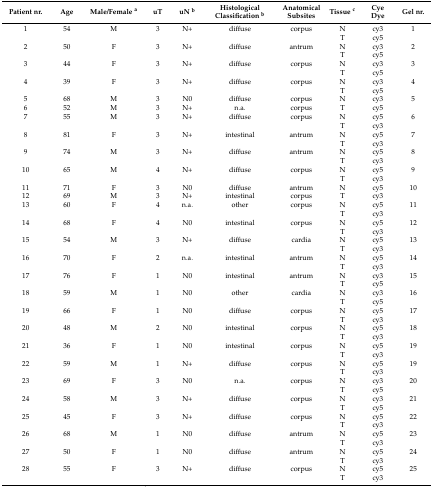
<table><thead><tr><td><b>Patient nr.</b></td><td><b>Age</b></td><td><b>Male/Female <sup>a</sup></b></td><td><b>uT</b></td><td><b>uN <sup>b</sup></b></td><td><b>Histological Classification <sup>b</sup></b></td><td><b>Anatomical Subsites</b></td><td><b>Tissue <sup>c</sup></b></td><td><b>Cye Dye</b></td><td><b>Gel nr.</b></td></tr></thead><tbody><tr><td>1</td><td>54</td><td>M</td><td>3</td><td>N+</td><td>diffuse</td><td>corpus</td><td>N</td><td>cy3</td><td>1</td></tr><tr><td></td><td></td><td></td><td></td><td></td><td></td><td></td><td>T</td><td>cy5</td><td></td></tr><tr><td>2</td><td>50</td><td>F</td><td>3</td><td>N+</td><td>diffuse</td><td>antrum</td><td>N</td><td>cy3</td><td>2</td></tr><tr><td></td><td></td><td></td><td></td><td></td><td></td><td></td><td>T</td><td>cy5</td><td></td></tr><tr><td>3</td><td>44</td><td>F</td><td>3</td><td>N+</td><td>diffuse</td><td>corpus</td><td>N</td><td>cy3</td><td>3</td></tr><tr><td></td><td></td><td></td><td></td><td></td><td></td><td></td><td>T</td><td>cy5</td><td></td></tr><tr><td>4</td><td>39</td><td>F</td><td>3</td><td>N+</td><td>diffuse</td><td>corpus</td><td>N</td><td>cy3</td><td>4</td></tr><tr><td></td><td></td><td></td><td></td><td></td><td></td><td></td><td>T</td><td>cy5</td><td></td></tr><tr><td>5</td><td>68</td><td>M</td><td>3</td><td>N0</td><td>diffuse</td><td>corpus</td><td>N</td><td>cy3</td><td>5</td></tr><tr><td>6</td><td>52</td><td>M</td><td>3</td><td>N+</td><td>n.a.</td><td>corpus</td><td>T</td><td>cy5</td><td></td></tr><tr><td>7</td><td>55</td><td>M</td><td>3</td><td>N+</td><td>diffuse</td><td>corpus</td><td>N</td><td>cy5</td><td>6</td></tr><tr><td></td><td></td><td></td><td></td><td></td><td></td><td></td><td>T</td><td>cy3</td><td></td></tr><tr><td>8</td><td>81</td><td>F</td><td>3</td><td>N+</td><td>intestinal</td><td>antrum</td><td>N</td><td>cy5</td><td>7</td></tr><tr><td></td><td></td><td></td><td></td><td></td><td></td><td></td><td>T</td><td>cy3</td><td></td></tr><tr><td>9</td><td>74</td><td>M</td><td>3</td><td>N+</td><td>diffuse</td><td>antrum</td><td>N</td><td>cy5</td><td>8</td></tr><tr><td></td><td></td><td></td><td></td><td></td><td></td><td></td><td>T</td><td>cy3</td><td></td></tr><tr><td>10</td><td>65</td><td>M</td><td>4</td><td>N+</td><td>diffuse</td><td>corpus</td><td>N</td><td>cy5</td><td>9</td></tr><tr><td></td><td></td><td></td><td></td><td></td><td></td><td></td><td>T</td><td>cy3</td><td></td></tr><tr><td>11</td><td>71</td><td>F</td><td>3</td><td>N0</td><td>diffuse</td><td>antrum</td><td>N</td><td>cy5</td><td>10</td></tr><tr><td>12</td><td>69</td><td>M</td><td>3</td><td>N+</td><td>intestinal</td><td>corpus</td><td>T</td><td>cy3</td><td></td></tr><tr><td>13</td><td>60</td><td>F</td><td>4</td><td>n.a.</td><td>other</td><td>corpus</td><td>N</td><td>cy5</td><td>11</td></tr><tr><td></td><td></td><td></td><td></td><td></td><td></td><td></td><td>T</td><td>cy3</td><td></td></tr><tr><td>14</td><td>68</td><td>F</td><td>4</td><td>N0</td><td>intestinal</td><td>corpus</td><td>N</td><td>cy5</td><td>12</td></tr><tr><td></td><td></td><td></td><td></td><td></td><td></td><td></td><td>T</td><td>cy3</td><td></td></tr><tr><td>15</td><td>54</td><td>M</td><td>3</td><td>N+</td><td>diffuse</td><td>cardia</td><td>N</td><td>cy5</td><td>13</td></tr><tr><td></td><td></td><td></td><td></td><td></td><td></td><td></td><td>T</td><td>cy3</td><td></td></tr><tr><td>16</td><td>70</td><td>F</td><td>2</td><td>n.a.</td><td>intestinal</td><td>antrum</td><td>N</td><td>cy5</td><td>14</td></tr><tr><td></td><td></td><td></td><td></td><td></td><td></td><td></td><td>T</td><td>cy3</td><td></td></tr><tr><td>17</td><td>76</td><td>F</td><td>1</td><td>N0</td><td>intestinal</td><td>antrum</td><td>N</td><td>cy3</td><td>15</td></tr><tr><td></td><td></td><td></td><td></td><td></td><td></td><td></td><td>T</td><td>cy5</td><td></td></tr><tr><td>18</td><td>59</td><td>M</td><td>1</td><td>N0</td><td>other</td><td>cardia</td><td>N</td><td>cy3</td><td>16</td></tr><tr><td></td><td></td><td></td><td></td><td></td><td></td><td></td><td>T</td><td>cy5</td><td></td></tr><tr><td>19</td><td>66</td><td>F</td><td>1</td><td>N0</td><td>diffuse</td><td>corpus</td><td>N</td><td>cy5</td><td>17</td></tr><tr><td></td><td></td><td></td><td></td><td></td><td></td><td></td><td>T</td><td>cy3</td><td></td></tr><tr><td>20</td><td>48</td><td>M</td><td>2</td><td>N0</td><td>intestinal</td><td>corpus</td><td>N</td><td>cy5</td><td>18</td></tr><tr><td></td><td></td><td></td><td></td><td></td><td></td><td></td><td>T</td><td>cy3</td><td></td></tr><tr><td>21</td><td>36</td><td>F</td><td>1</td><td>N0</td><td>intestinal</td><td>corpus</td><td>N</td><td>cy5</td><td>19</td></tr><tr><td></td><td></td><td></td><td></td><td></td><td></td><td></td><td>T</td><td>cy3</td><td></td></tr><tr><td>22</td><td>59</td><td>M</td><td>1</td><td>N+</td><td>diffuse</td><td>corpus</td><td>N</td><td>cy5</td><td>19</td></tr><tr><td></td><td></td><td></td><td></td><td></td><td></td><td></td><td>T</td><td>cy3</td><td></td></tr><tr><td>23</td><td>69</td><td>F</td><td>3</td><td>N0</td><td>n.a.</td><td>corpus</td><td>N</td><td>cy3</td><td>20</td></tr><tr><td></td><td></td><td></td><td></td><td></td><td></td><td></td><td>T</td><td>cy5</td><td></td></tr><tr><td>24</td><td>58</td><td>M</td><td>3</td><td>N+</td><td>diffuse</td><td>corpus</td><td>N</td><td>cy3</td><td>21</td></tr><tr><td></td><td></td><td></td><td></td><td></td><td></td><td></td><td>T</td><td>cy5</td><td></td></tr><tr><td>25</td><td>45</td><td>F</td><td>3</td><td>N+</td><td>diffuse</td><td>corpus</td><td>N</td><td>cy5</td><td>22</td></tr><tr><td></td><td></td><td></td><td></td><td></td><td></td><td></td><td>T</td><td>cy3</td><td></td></tr><tr><td>26</td><td>68</td><td>M</td><td>1</td><td>N0</td><td>diffuse</td><td>antrum</td><td>N</td><td>cy5</td><td>23</td></tr><tr><td></td><td></td><td></td><td></td><td></td><td></td><td></td><td>T</td><td>cy3</td><td></td></tr><tr><td>27</td><td>50</td><td>F</td><td>1</td><td>N0</td><td>diffuse</td><td>antrum</td><td>N</td><td>cy5</td><td>24</td></tr><tr><td></td><td></td><td></td><td></td><td></td><td></td><td></td><td>T</td><td>cy3</td><td></td></tr><tr><td>28</td><td>55</td><td>F</td><td>3</td><td>N+</td><td>diffuse</td><td>corpus</td><td>N</td><td>cy5</td><td>25</td></tr><tr><td></td><td></td><td></td><td></td><td></td><td></td><td></td><td>T</td><td>cy3</td><td></td></tr></tbody></table>